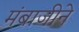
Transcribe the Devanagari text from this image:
मंबाजीने